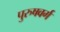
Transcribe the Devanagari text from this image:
पुरुषवर्ग